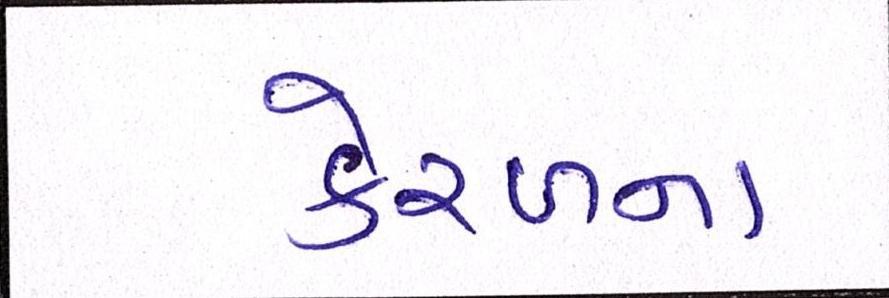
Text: કેરળના